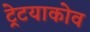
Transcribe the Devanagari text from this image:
ट्रेटयाकोव